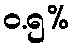
ဝ.၅%